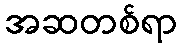
အဆတစ်ရာ